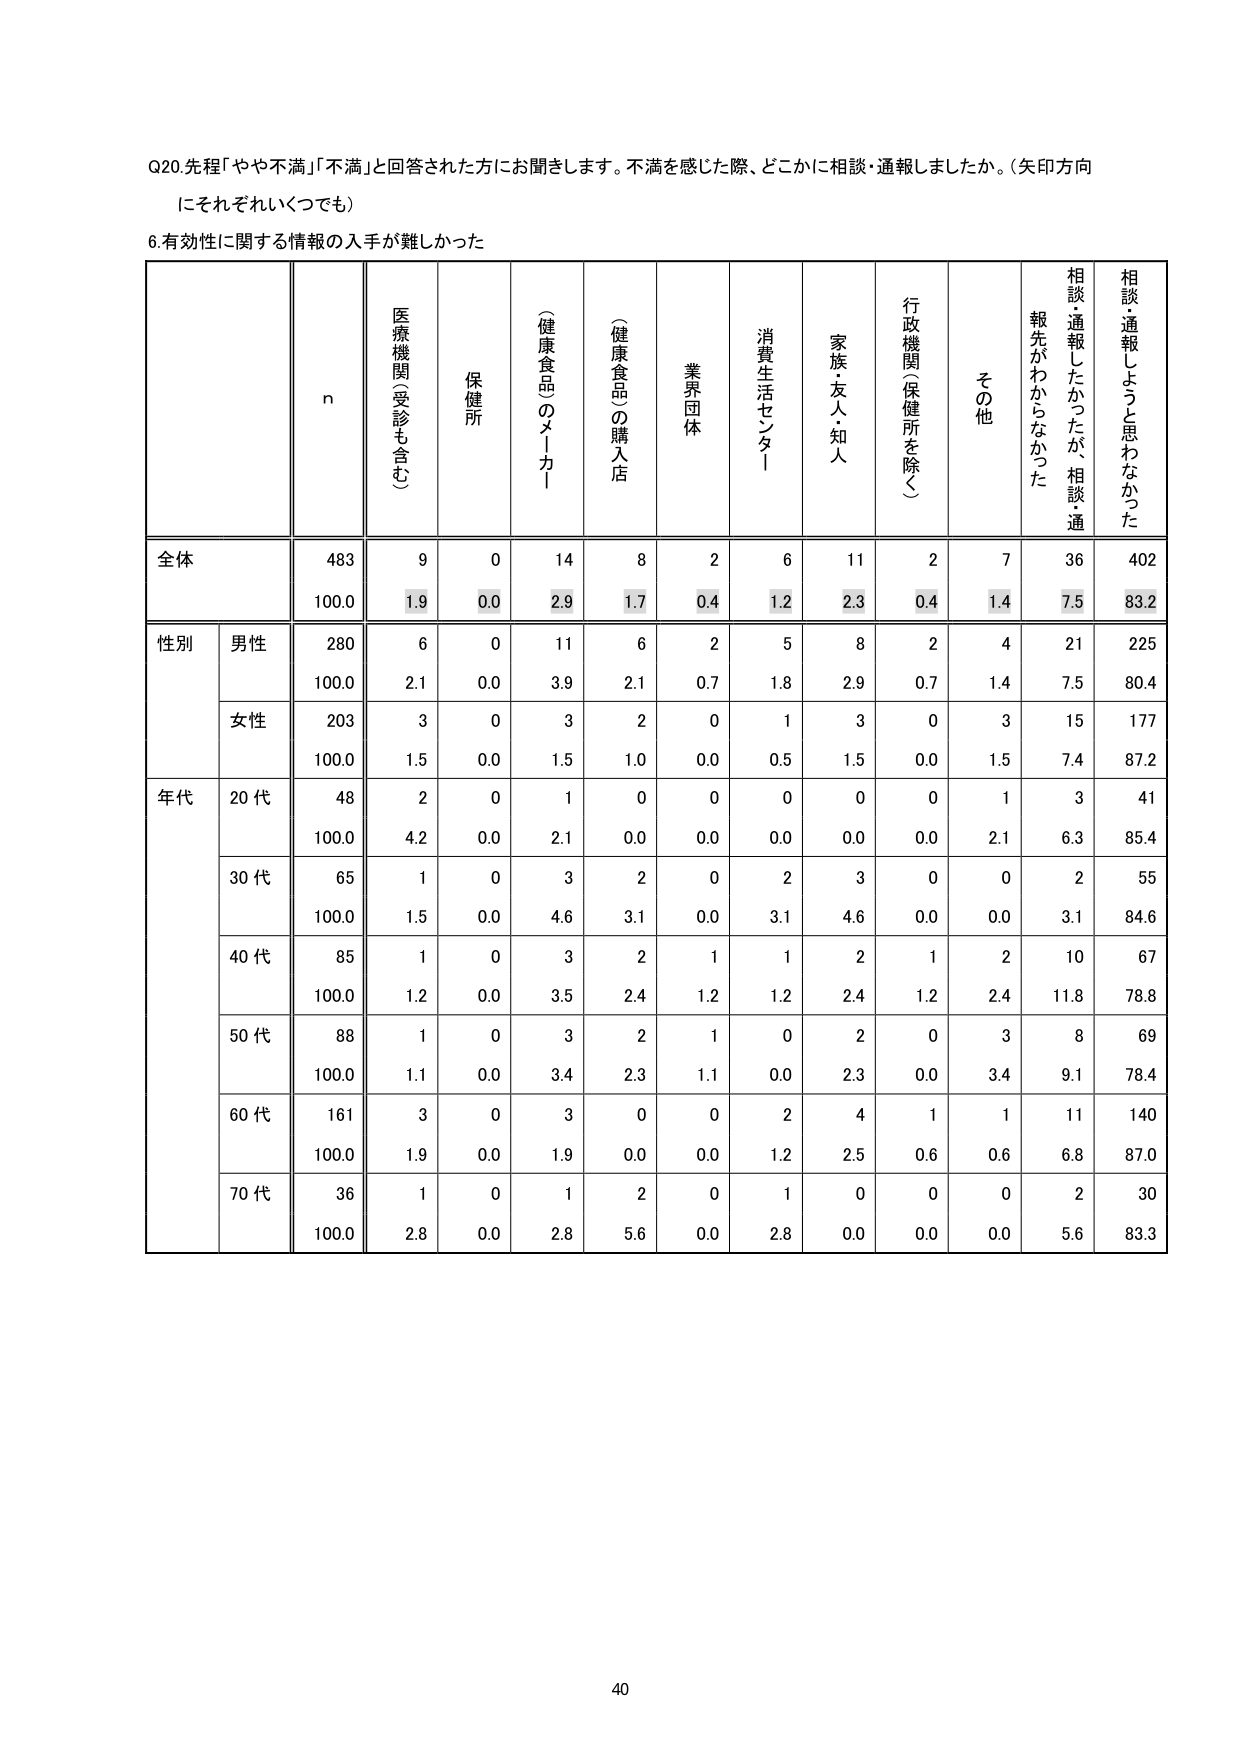
Q20. 先程「やや不満」「不満」と回答された方にお聞きします。不満を感じた際、どこかに相談・通報しましたか。（矢印方向にそれぞれいくつでも）

6. 有効性に関する情報の入手が難しかった

n
医療機関（受診も含む）
保健所
（健康食品のメーカー）
（健康食品）の購入店
業界団体
消費生活センター
家族・友人・知人
行政機関（保健所を除く）
その他
相談・通報したかったが、相談・通報先がわからなかった
相談・通報しようと思わなかった

全体
483
9
0
14
8
2
6
11
2
7
36
402
100.0
1.9
0.0
2.9
1.7
0.4
1.2
2.3
0.4
1.4
7.5
83.2

性別
男性
280
6
0
11
6
2
5
8
2
4
21
225
100.0
2.1
0.0
3.9
2.1
0.7
1.8
2.9
0.7
1.4
7.5
80.4
女性
203
3
0
3
2
0
1
3
0
3
15
177
100.0
1.5
0.0
1.5
1.0
0.0
0.5
1.5
0.0
1.5
7.4
87.2

年代
20代
48
2
0
1
0
0
0
0
0
1
3
41
100.0
4.2
0.0
2.1
0.0
0.0
0.0
0.0
0.0
2.1
6.3
85.4
30代
65
1
0
3
2
0
2
3
0
0
2
55
100.0
1.5
0.0
4.6
3.1
0.0
3.1
4.6
0.0
0.0
3.1
84.6
40代
85
1
0
3
2
1
1
2
1
2
10
67
100.0
1.2
0.0
3.5
2.4
1.2
1.2
2.4
1.2
2.4
11.8
78.8
50代
88
1
0
3
2
1
0
2
0
3
8
69
100.0
1.1
0.0
3.4
2.3
1.1
0.0
2.3
0.0
3.4
9.1
78.4
60代
161
3
0
3
0
0
2
4
1
1
11
140
100.0
1.9
0.0
1.9
0.0
0.0
1.2
2.5
0.6
0.6
6.8
87.0
70代
36
1
0
1
2
0
1
0
0
0
2
30
100.0
2.8
0.0
2.8
5.6
0.0
2.8
0.0
0.0
0.0
5.6
83.3

40